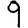
Digit: 9